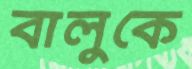
বালুকে